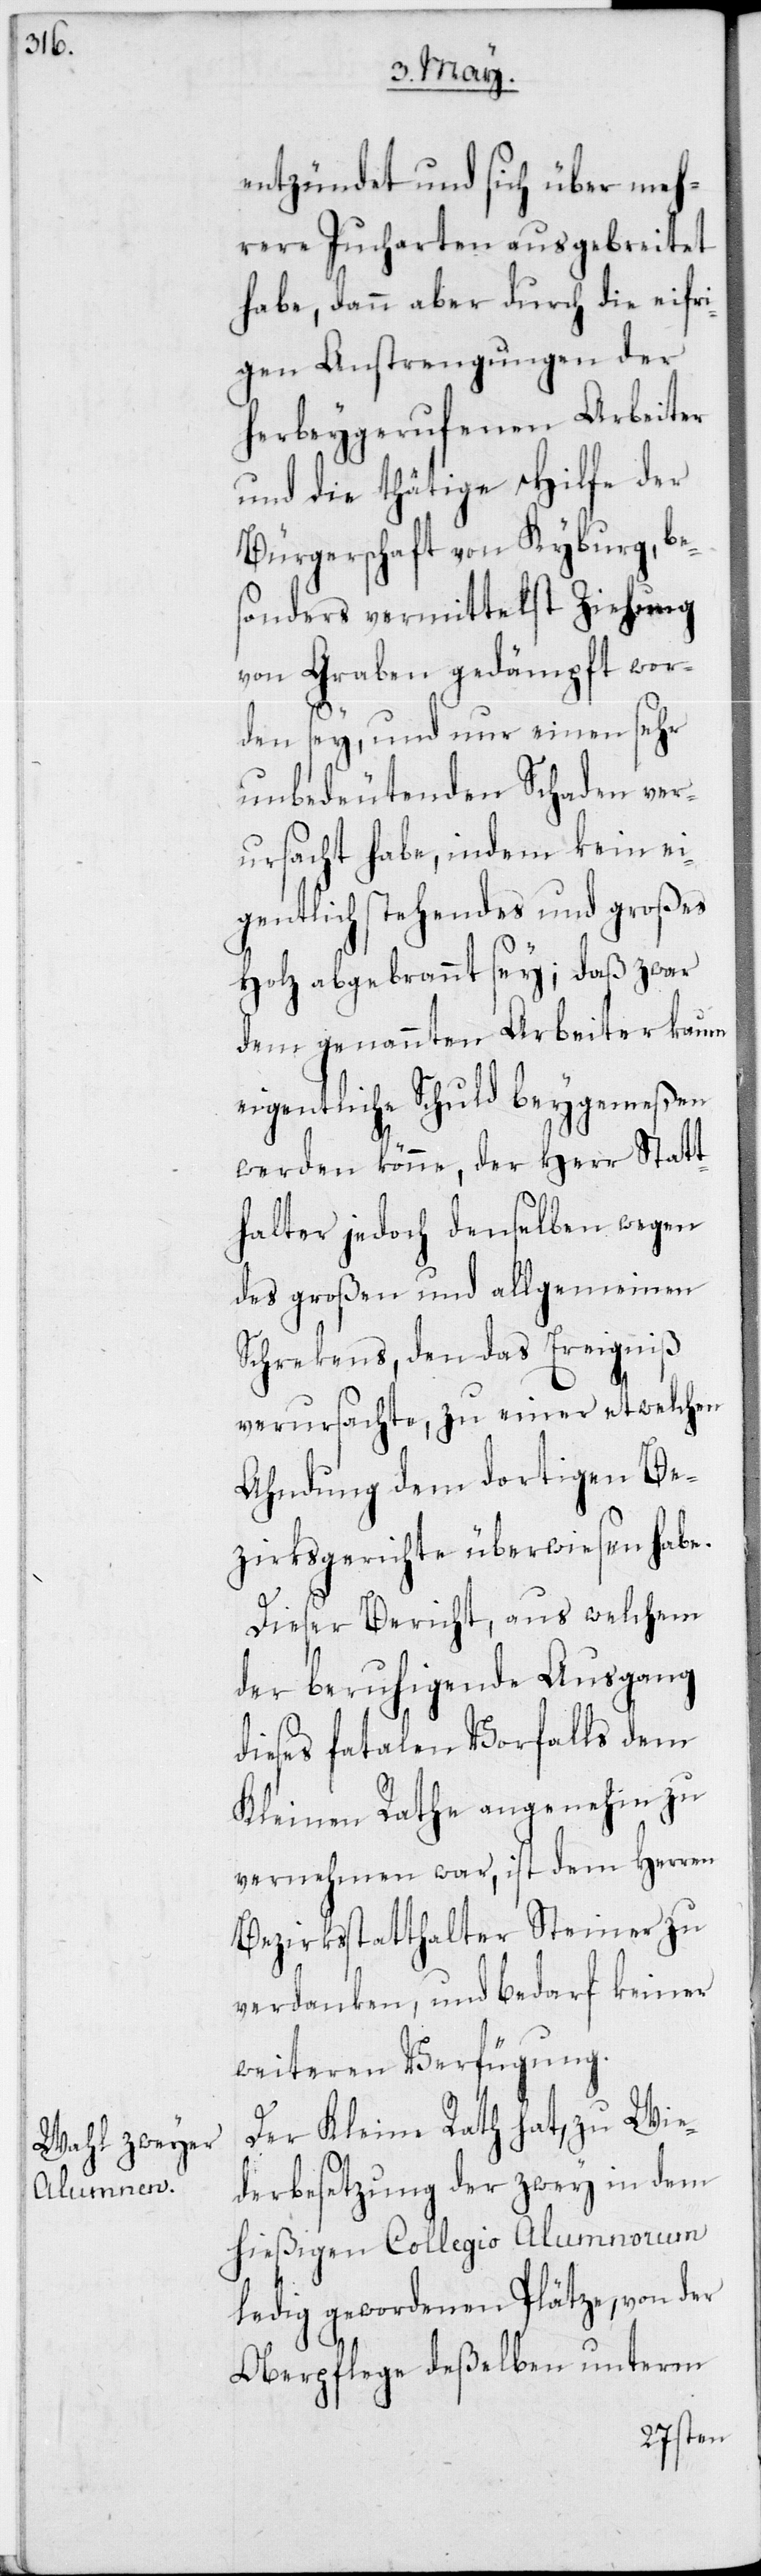
entzündet und sich über meh¬
rere Jucharten ausgebreitet
habe, dann aber durch die eifri¬
gen Anstrengungen der
herbeygerufenen Arbeiter
und die thätige Hilfe der
Bürgerschaft von Kyburg, be¬
sonders vermittelst Ziehung
von Graben gedämpft wor¬
den sey, und nur einen sehr
unbedeutenden Schaden ver¬
ursacht habe, indem kein ei¬
gentlich stehendes und großes
Holz abgebrannt sey, daß zwar
dem genannten Arbeiter kaum
eigentliche Schuld beygemeßen
werden könne, der Herr Statt¬
halrer jedoch denselben wegen
des großen und allgemeinen
Schrekens, den das Ereigniß
verursachte, zu einer etwelchen
Ahndnung dem dortigen Be¬
zirksgerichte überwiesen habe.
Dieser Bericht, aus welchem
der beruhigende Ausgang
dieses fatalen Vorfalls dem
Kleinen Rathe angenehm zu
vernehmen war, ist dem Herren
Bezirksstatthalter Steiner zu
verdanken, und bedarf keiner
weiteren Verfügung.
Der Kleine Rath hat, zu Wie¬
derbesetzung der zwey in dem
hießigen Collegio Alumnorum
ledig gewordenen Plätze, von der
Oberpflege deßelben unterm